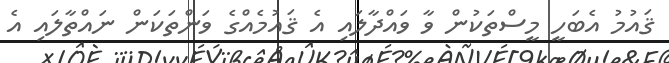
ޤައުމު އެބަހީ މީސްތަކުން ވާ ވައްދާލައި އެ ޤައުމެއްގެ ވަންތަކަން ނައްތާލައި އެ